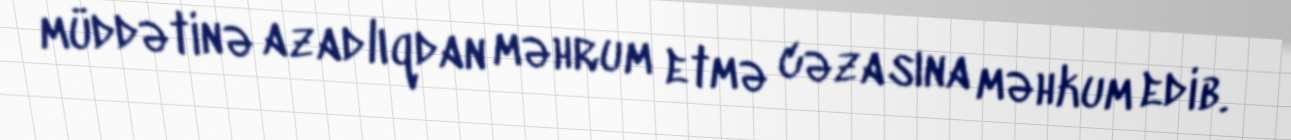
müddətinə azadlıqdan məhrum etmə cəzasına məhkum edib.